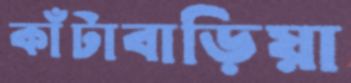
কাঁটাবাড়িয়া